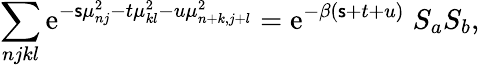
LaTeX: \sum_{njkl}\mathrm{e}^{-\mathsf{s}\mu_{nj}^{2}-t\mu_{kl}^{2}-u\mu_{n+k,j+l}^{2}}=\mathrm{e}^{-\beta(\mathsf{s}+t+u)}\; S_{a}S_{b},